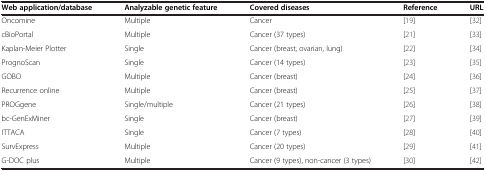
| Web application/database | Analyzable genetic feature | Covered diseases | Reference | URL |
 | --- | --- | --- | --- | --- |
 | Oncomine | Multiple | Cancer | [19] | [32] |
 | cBioPortal | Multiple | Cancer (37 types) | [21] | [33] |
 | Kaplan-Meier Plotter | Single | Cancer (breast, ovarian, lung) | [22] | [34] |
 | PrognoScan | Single | Cancer (14 types) | [23] | [35] |
 | GOBO | Multiple | Cancer (breast) | [24] | [36] |
 | Recurrence online | Multiple | Cancer (breast) | [25] | [37] |
 | PROGgene | Single/multiple | Cancer (21 types) | [26] | [38] |
 | bc-GenExMiner | Single | Cancer (breast) | [27] | [39] |
 | ITTACA | Single | Cancer (7 types) | [28] | [40] |
 | SurvExpress | Multiple | Cancer (20 types) | [29] | [41] |
 | G-DOC plus | Multiple | Cancer (9 types), non-cancer (3 types) | [30] | [42] |